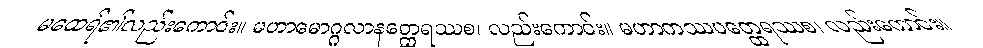
မထေရ်၏လည်းကောင်း။ မဟာမောဂ္ဂလာနတ္ထေရဿစ၊ လည်းကောင်း။ မဟာကဿပတ္ထေရဿစ၊ လည်းကောင်း။